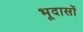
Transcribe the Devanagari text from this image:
भूदासों